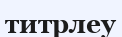
титрлеу